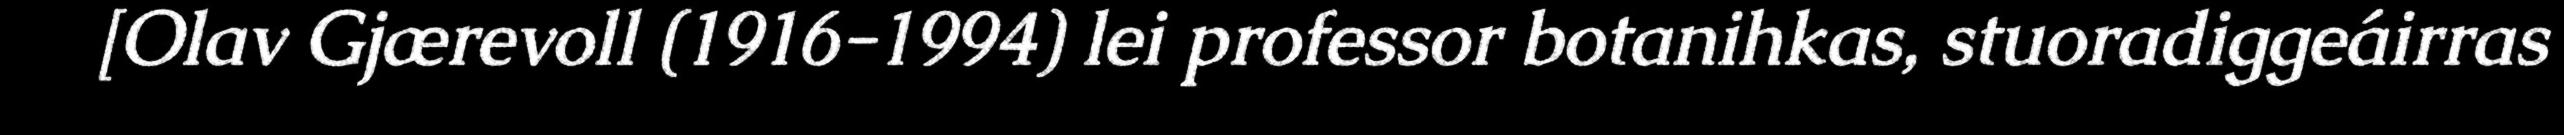
[Olav Gjærevoll (1916-1994) lei professor botanihkas, stuoradiggeáirras